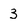
Character: 3